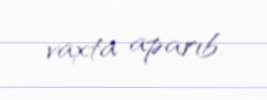
vaxta aparıb.